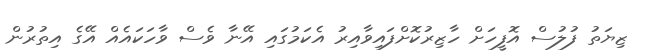
ޒިޔަތު ފުލުސް އޮފީހަށް ހާޒިރުކޮށްފައިވާއިރު އެކަމުގައި އޭނާ ވެސް ވާހަކައެއް އޭގެ އިތުރުން